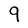
Character: q